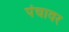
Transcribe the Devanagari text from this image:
पंचावर